Indian journal of veterinary science and animal husbandry - Volume 6,
Year: 1936
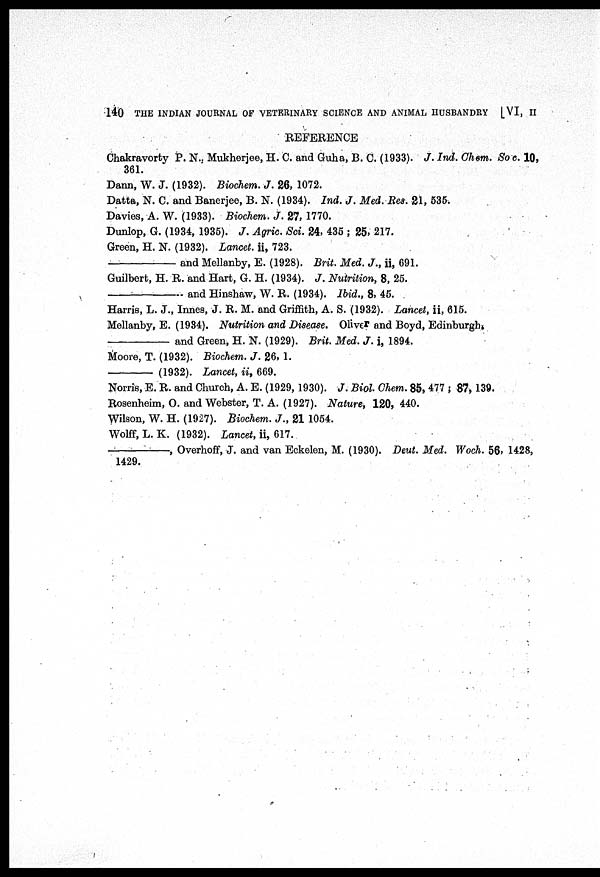
140 THE INDIAN JOURNAL OF VETERINARY SCIENCE AND ANIMAL HUSBANDRY [VI, II
REFERENCE
Chakravorty P. N., Mukherjee, H. C. and Guha, B. C. (1933). J. Ind. Chem. Soc. 10,
361.
Dann, W. J. (1932). Biochem. J. 26, 1072.
Datta, N. C. and Banerjee, B. N. (1934). Ind. J. Med. Res. 21, 535.
Davies, A. W. (1933). Biochem. J. 27, 1770.
Dunlop, G. (1934, 1935). J. Agric. Sci. 24, 435 ; 25, 217.
Green, H. N. (1932). Lancet. ii, 723.
—
and Mellanby, E. (1928). Brit. Med. J., ii, 691.
Guilbert, H. R. and Hart, G. H. (1934). J. Nutrition, 8, 25.
—
and Hinshaw, W. R. (1934). Ibid., 8, 45.
Harris, L. J., Innes, J. R. M. and Griffith, A. S. (1932). Lancet, ii, 615.
Mellanby, E. (1934). Nutrition and Disease. Oliver and Boyd, Edinburgh.
—
and Green, H. N. (1929). Brit. Med. J. i, 1894.
Moore, T. (1932). Biochem. J. 26, 1.
—
(1932). Lancet, ii, 669.
Norris, E. R. and Church, A. E. (1929, 1930). J. Biol. Chem. 85, 477 ; 87, 139.
Rosenheim, O. and Webster, T. A. (1927). Nature, 120, 440.
Wilson, W. H. (1927). Biochem. J., 21 1054.
Wolff, L. K. (1932). Lancet, ii, 617.
, Overhoff, J. and van Eckelen, M. (1930). Deut. Med. Woch. 56, 1428,
1429.